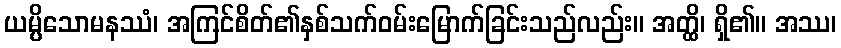
ယမ္ပိသောမနဿံ၊ အကြင်စိတ်၏နှစ်သက်ဝမ်းမြောက်ခြင်းသည်လည်း။ အတ္ထိ၊ ရှိ၏။ အဿ၊